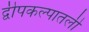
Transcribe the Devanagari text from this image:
द्वीपकल्पातली